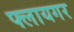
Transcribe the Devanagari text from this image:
फ्लायगर